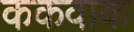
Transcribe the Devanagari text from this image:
ककवाक